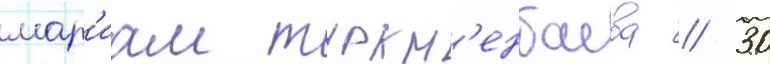
мар'иам туркм'енбаева // 30